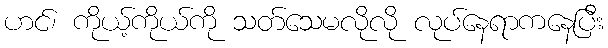
ဟင်၊ ကိုယ့်ကိုယ်ကို သတ်သေမလိုလို လုပ်နေရာကနေပြီး